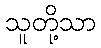
သူတို့သာ